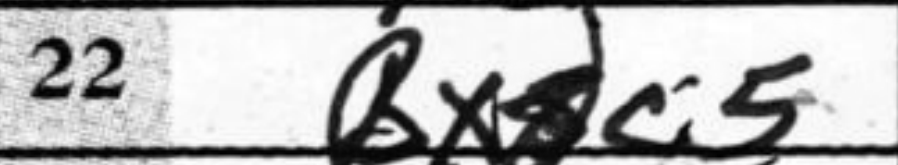
Transcription: Bxc5